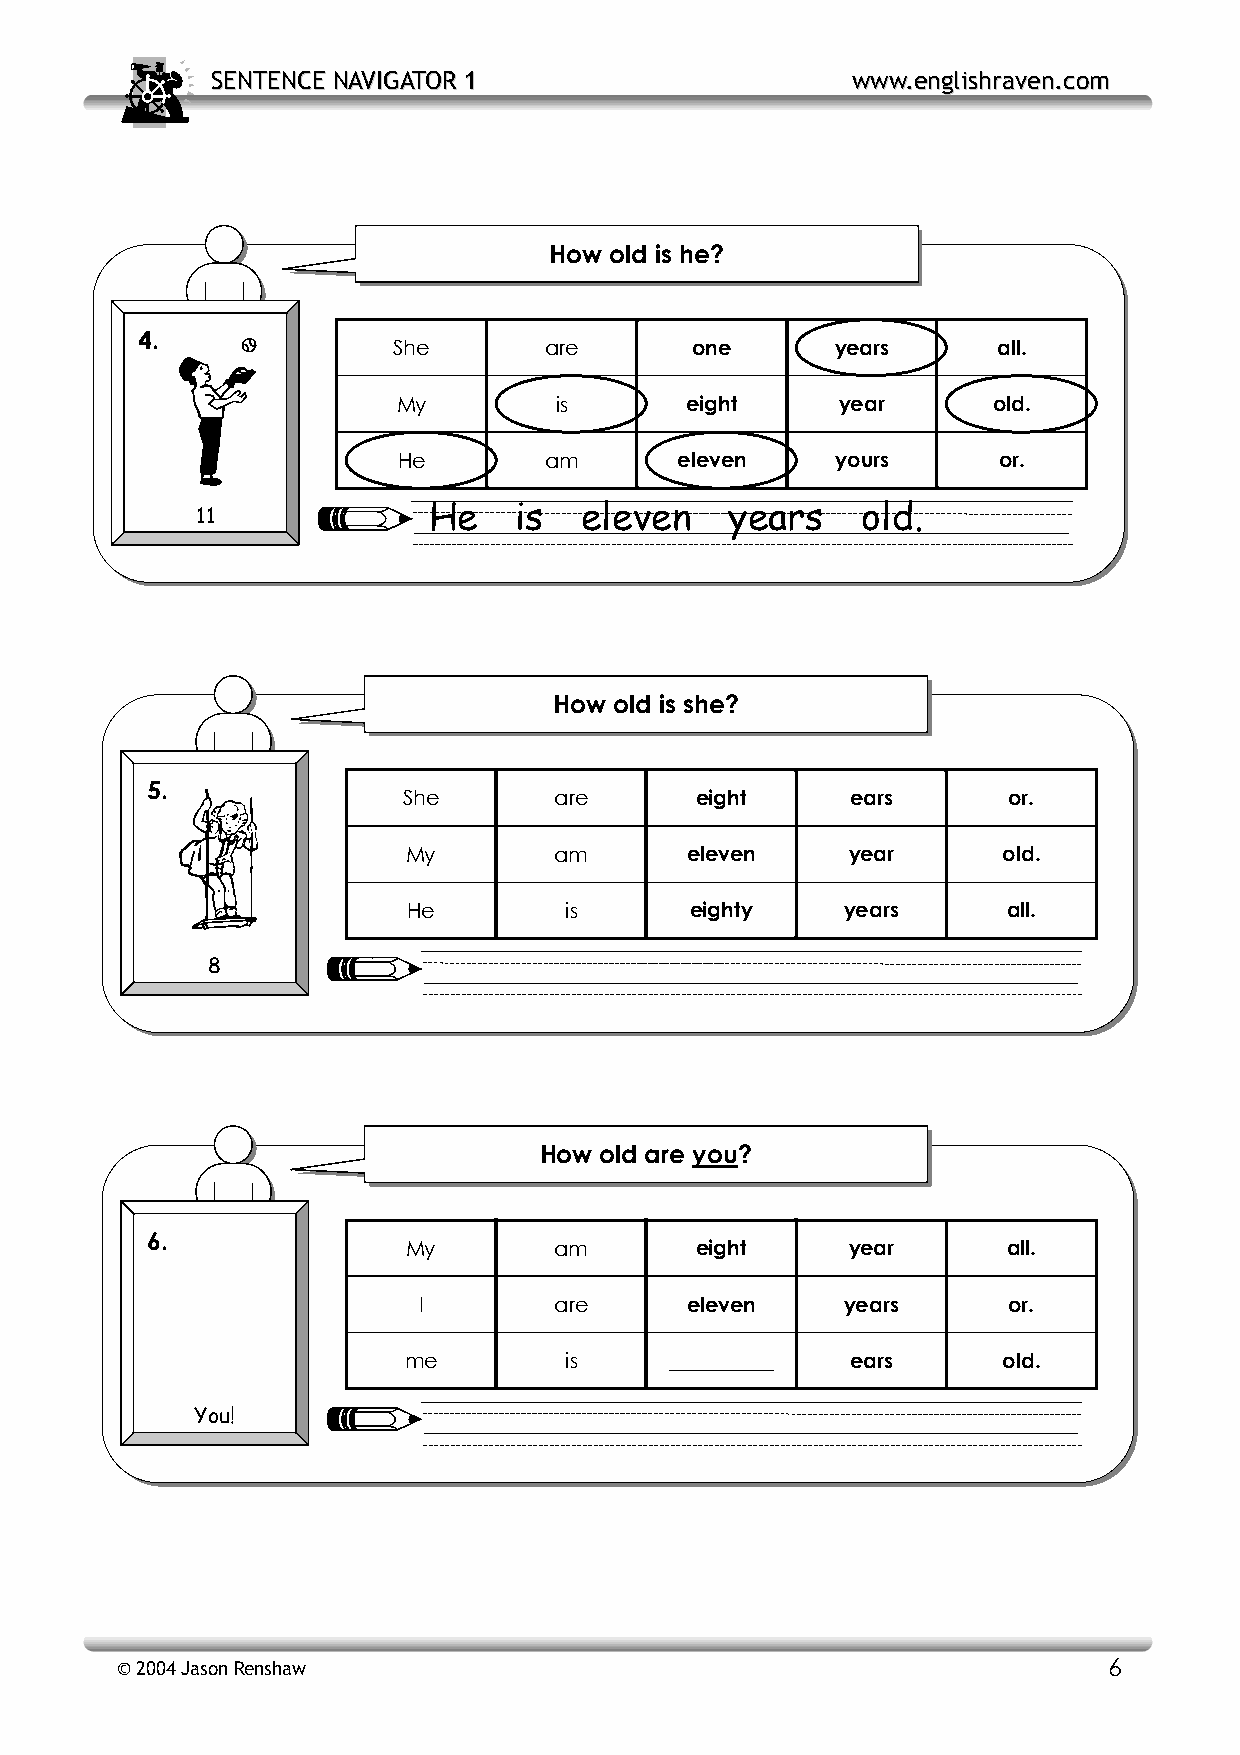
SSEENNTTEENNCCEE NNAAVVIIGGAATTOORR 11    wwwwww..eenngglliisshhrraavveenn..ccoomm
 How old is he?
 4.
 She       are       one      years      all.
 My         is      eight      year      old.
 He        am       eleven    yours      or.
 11             He    is   eleven   years    old.
 How old is she?
 5.
 She       are      eight     ears       or.
 My        am      eleven     year      old.
 He        is       eighty    years      all.
 8
 How old are you?
 6.
 My        am       eight     year       all.
 I        are     eleven     years      or.
 me        is     __________  ears      old.
 You!
 © 2004 Jason Renshaw                                             6